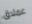
عملاق